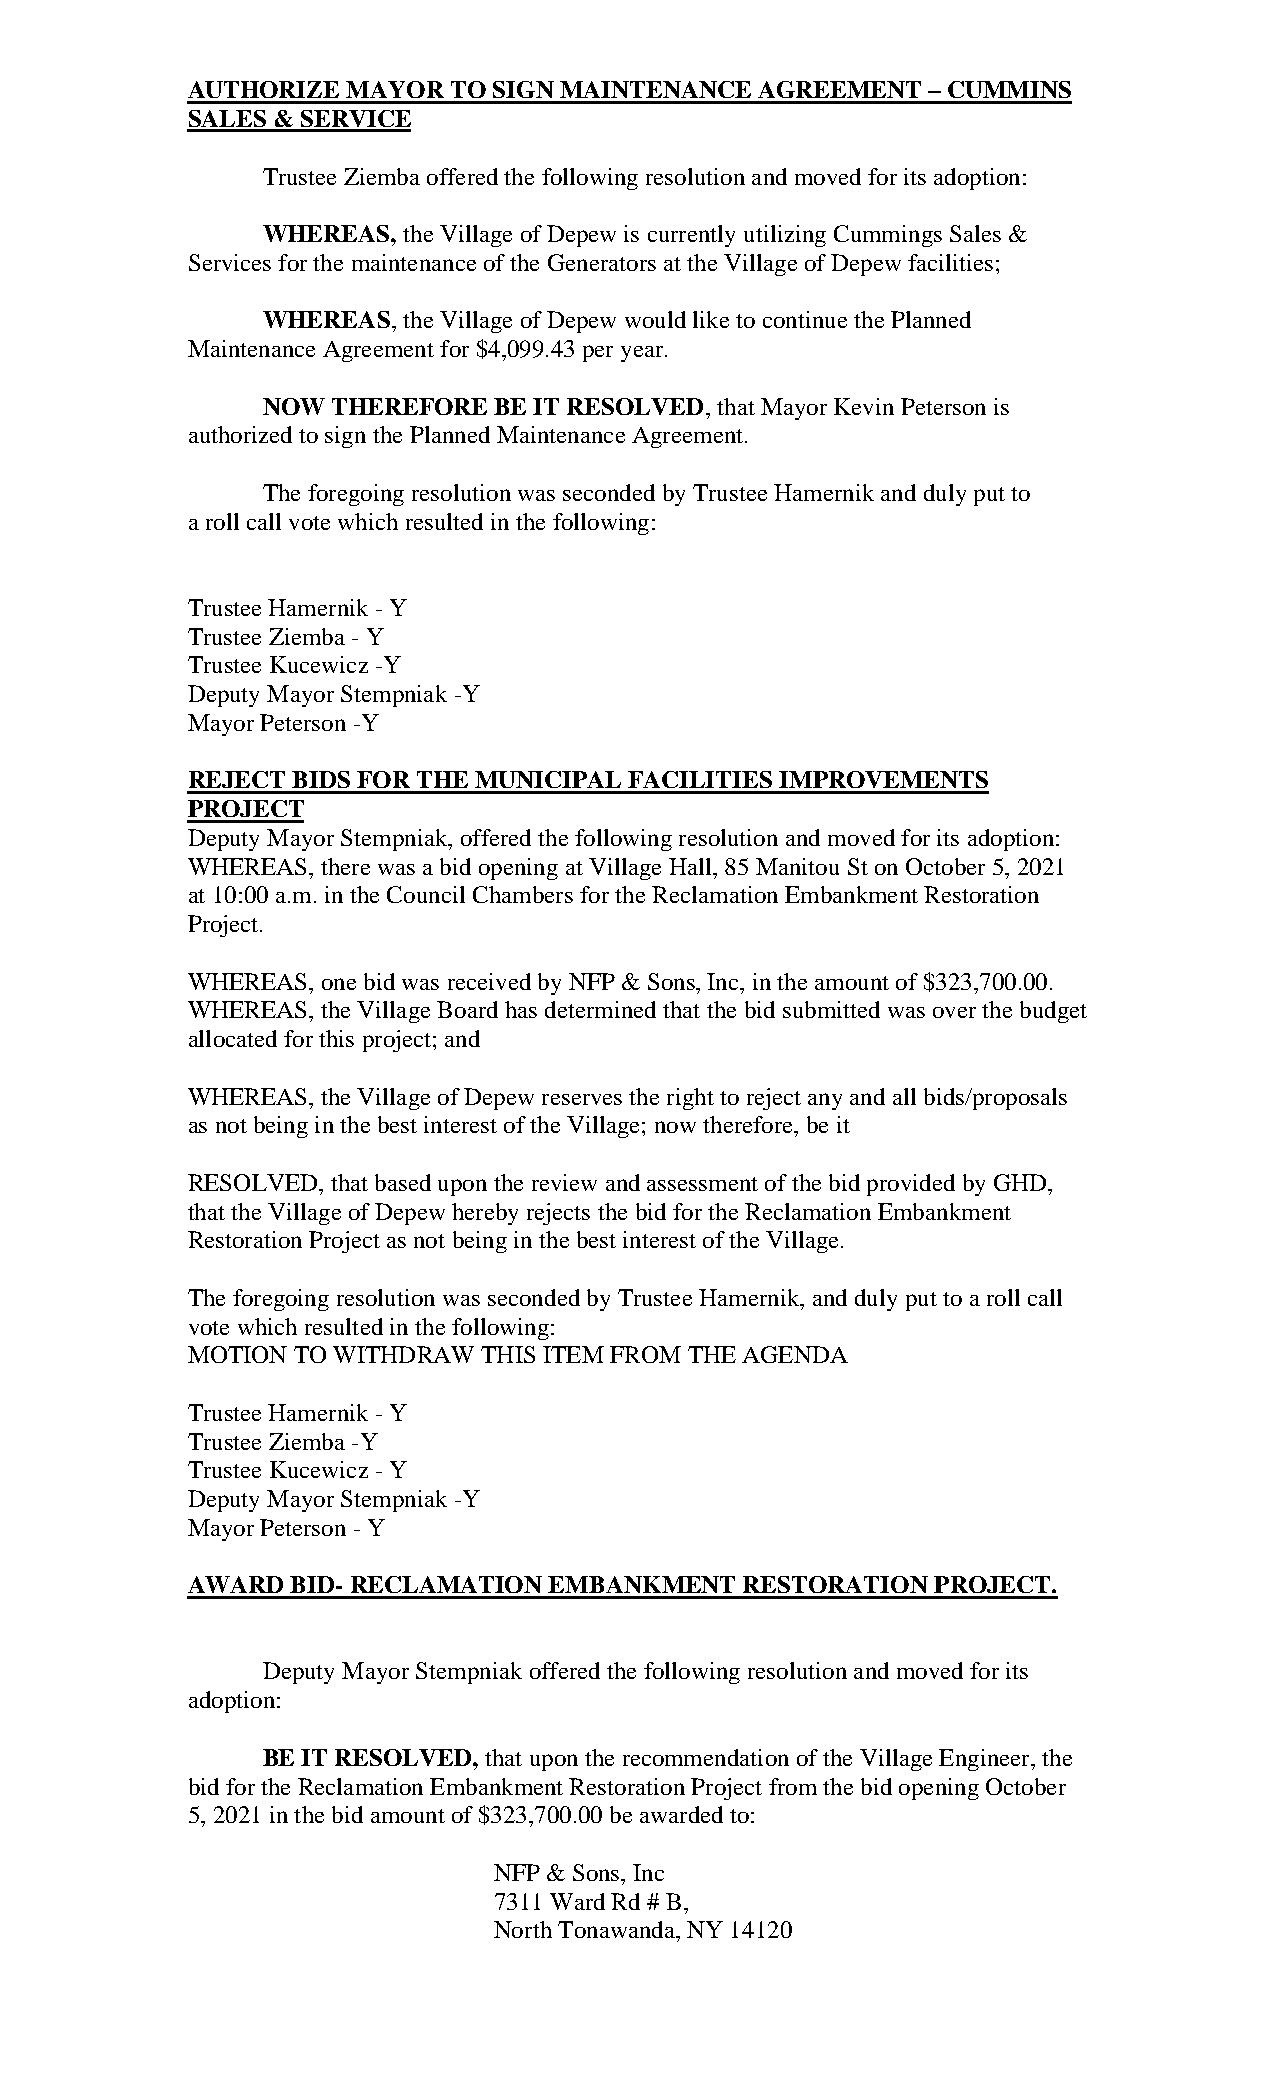
AUTHORIZE  MAYOR  TO SIGN MAINTENANCE AGREEMENT  – CUMMINS
 SALES & SERVICE
 Trustee Ziemba offered the following resolution and moved for its adoption:
 WHEREAS,  the Village of Depew is currently utilizing Cummings Sales &
 Services for the maintenance of the Generators at the Village of Depew facilities;
 WHEREAS,  the Village of Depew would like to continue the Planned
 Maintenance Agreement for $4,099.43 per year.
 NOW  THEREFORE  BE IT RESOLVED, that Mayor Kevin Peterson is
 authorized to sign the Planned Maintenance Agreement.
 The foregoing resolution was seconded by Trustee Hamernik and duly put to
 a roll call vote which resulted in the following:
 Trustee Hamernik - Y
 Trustee Ziemba - Y
 Trustee Kucewicz -Y
 Deputy Mayor Stempniak -Y
 Mayor Peterson -Y
 REJECT BIDS FOR THE MUNICIPAL FACILITIES IMPROVEMENTS
 PROJECT
 Deputy Mayor Stempniak, offered the following resolution and moved for its adoption:
 WHEREAS, there was a bid opening at Village Hall, 85 Manitou St on October 5, 2021
 at 10:00 a.m. in the Council Chambers for the Reclamation Embankment Restoration
 Project.
 WHEREAS, one bid was received by NFP & Sons, Inc, in the amount of $323,700.00.
 WHEREAS, the Village Board has determined that the bid submitted was over the budget
 allocated for this project; and
 WHEREAS, the Village of Depew reserves the right to reject any and all bids/proposals
 as not being in the best interest of the Village; now therefore, be it
 RESOLVED, that based upon the review and assessment of the bid provided by GHD,
 that the Village of Depew hereby rejects the bid for the Reclamation Embankment
 Restoration Project as not being in the best interest of the Village.
 The foregoing resolution was seconded by Trustee Hamernik, and duly put to a roll call
 vote which resulted in the following:
 MOTION TO WITHDRAW  THIS ITEM FROM THE AGENDA
 Trustee Hamernik - Y
 Trustee Ziemba -Y
 Trustee Kucewicz - Y
 Deputy Mayor Stempniak -Y
 Mayor Peterson - Y
 AWARD  BID- RECLAMATION EMBANKMENT   RESTORATION  PROJECT.
 Deputy Mayor Stempniak offered the following resolution and moved for its
 adoption:
 BE IT RESOLVED, that upon the recommendation of the Village Engineer, the
 bid for the Reclamation Embankment Restoration Project from the bid opening October
 5, 2021 in the bid amount of $323,700.00 be awarded to:
 NFP & Sons, Inc
 7311 Ward Rd # B,
 North Tonawanda, NY 14120